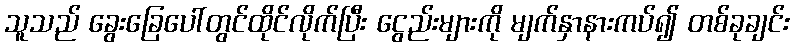
သူသည် ခွေးခြေပေါ်တွင်ထိုင်လိုက်ပြီး ငွေည်းများကို မျက်နှာနားကပ်၍ တစ်ခုချင်း